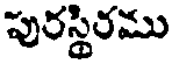
పురస్థిరము